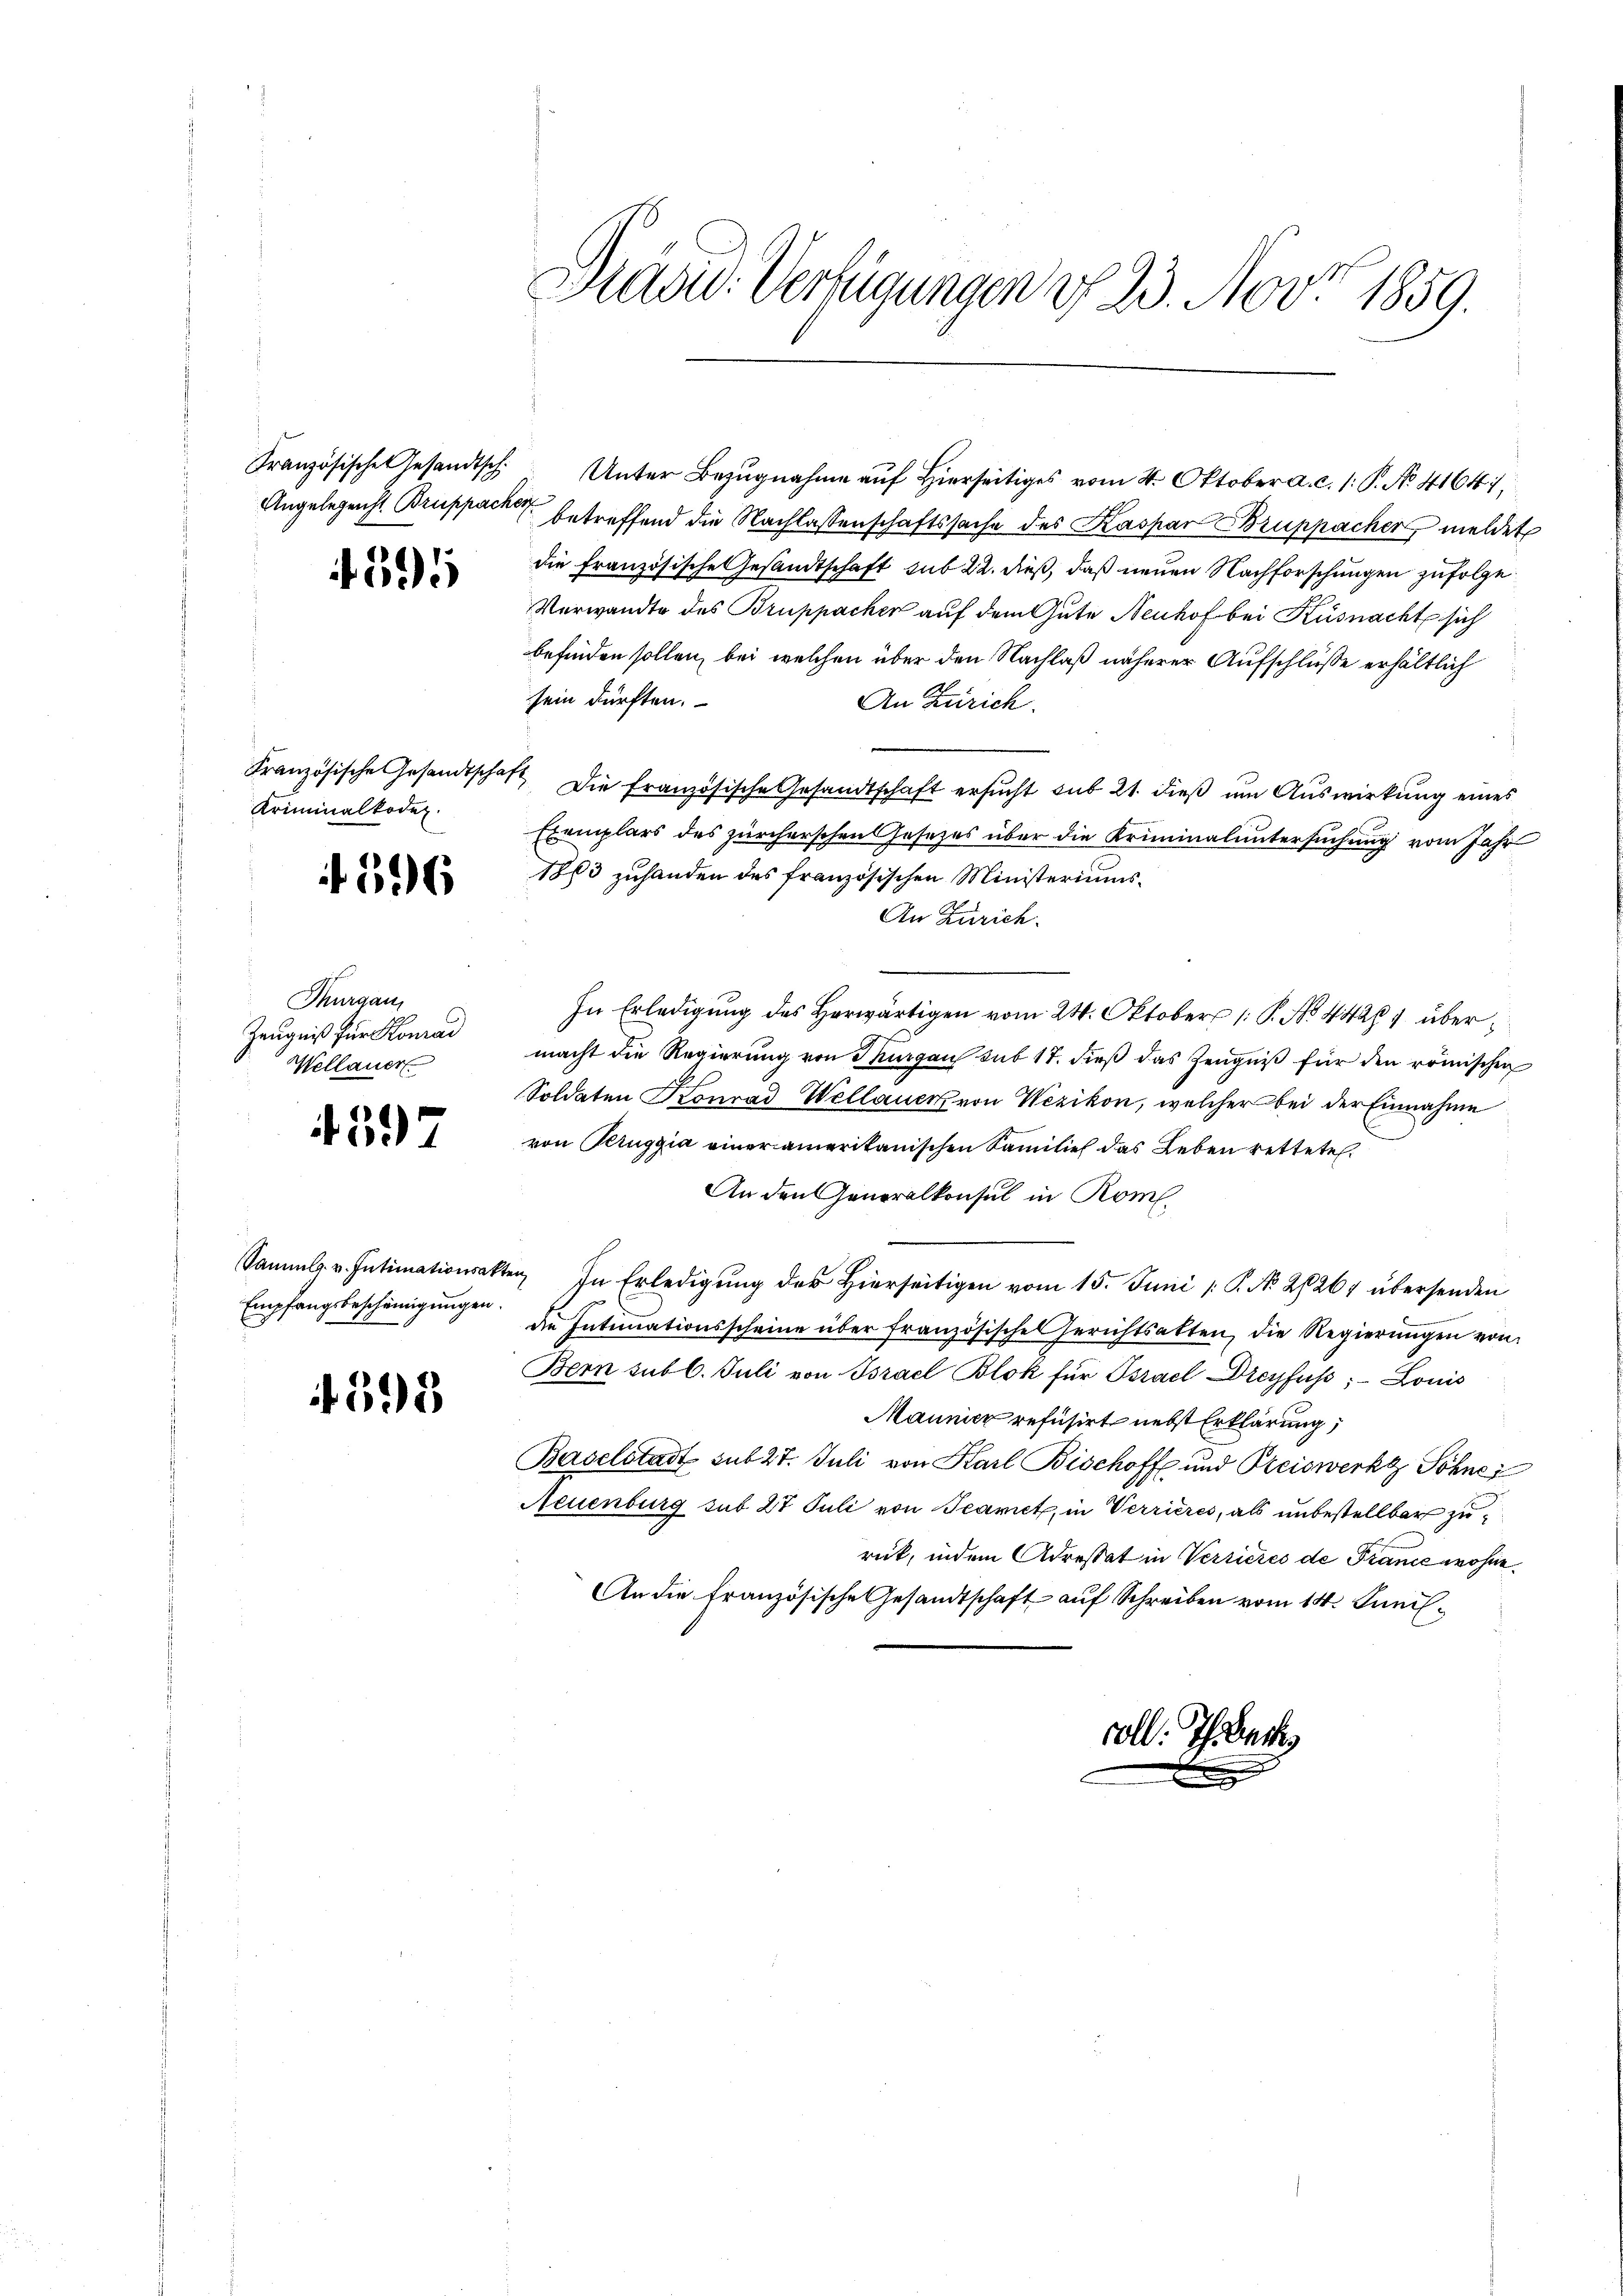
Präsid. Verfügungen u. 23. Nov. 1859.

Angelegenst Bruppacker betreffend die Nachlassenschaftssache des Kaspar Bruppacher meldet
die französische Gesandtschaft sub 22. dieß, daß neuen Nachforschungen zufolge
Verwandte des Bruppacher auf dem Gute Neuhof bei Küsnacht sich
befinden sollen, bei welchen über den Nachlaß näherer Aufschlüsse erhältlich
sein dürften.
An Zürich.
e
Französische Gesandtschaft die französische Gesandtschaft ersŭcht sub 21. dieβ ŭm Aŭswirkung eines
Exemplars des zürcherschen Gesetzes über die Kriminaluntersuchung vom Jahr
1863 zuhanden des französischen Ministeriums¬
An Zürich.
In Erledigung des Horwärtigen vom 24. Oktober 1 P. No. 44261 übermacht die Regierung von Thurgau sub 17. dieβ das Zeŭgniβ für den römischen
Soldaten Konrad Wellauer von Wezikon, welcher bei der Einnahme
von Peruggia einer amerikanischen Familie das Leben rettete.
An den Generalkonsul in Rom.
Sammlg. v. Intimationsakter, In Erledigŭng der hierseitigen vom 15. Juni /: P. No. 21264 übersenden
die Intimationsscheine über französische Gerichtsatten, die Regierŭngen von
Bern sub 6. Juli von Bsrael Blok für Bsrael Dreyfuss; Louis
Maunier refusirt nebst Erklärung,
Baselstadt sub 27. Juli von Karl Bischoff und Preiswerkt Söhnei
Neuenburg sub 27 Juli von Tearet, in Verrieres, als unbestellbar zurück, indem Adressat in Verrieres de France wohne
An die französische Gesandtschaft auf Schreiben vom 14. Junil

Französische Gesandtsch. Unter Bezŭgnahme aŭf hierseitiges vom 4. Oktober a. c. 1: P. No. 4164,

1595

Kriminalkodex

526

Thurgau,
Zeugniß für Konrad
Wellauer

597

Empfangsbescheinigungen.

598

. There

1